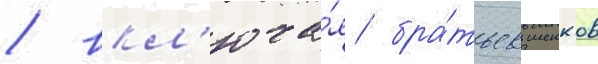
/ вкл'юча́я бра́тьев шенков